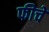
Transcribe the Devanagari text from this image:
फीचे